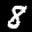
Label: 8